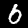
Label: 6